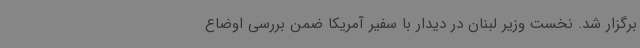
برگزار شد. نخست وزیر لبنان در دیدار با سفیر آمریکا ضمن بررسی اوضاع